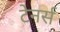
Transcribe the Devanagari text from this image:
टेनर्स